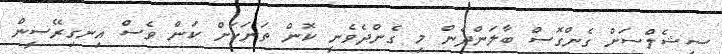
ސީޝެލްސަށް ގެންގޮސް ބާލަންދެން މި ގެންދެވެނީ ކޮން ތަނަކަށް ކަން ވެސް އިނގިރޭސީން